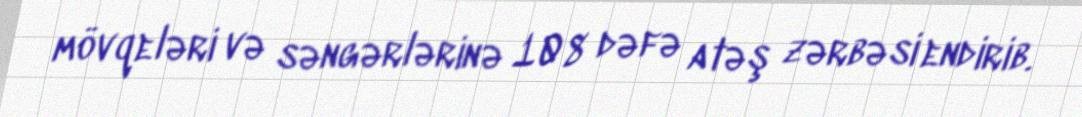
mövqeləri və səngərlərinə 108 dəfə atəş zərbəsi endirib.